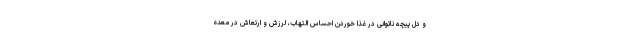
و دل پیچه ناتوانی در غذا خوردن احساس التهاب، لرزش و ارتعاش در معده